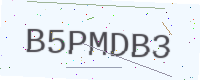
Text: B5PMDB3